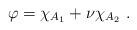
LaTeX: \begin{align*}\varphi = \chi_{A_1} + \nu \chi_{A_2}\ .\end{align*}